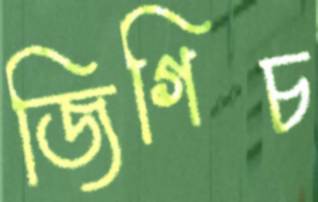
জিগিচ